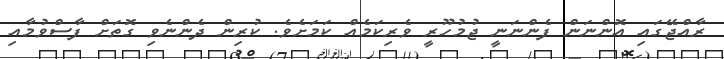
ރާއްޖޭގައި އޮންނަން ފެންނަނީ ޖުމުހޫރީ ވެރިކަމެއް ކަމަށެވެ. ކުރިން ދެންނެވި ގޮތަށް ފާސްވުމާއި